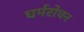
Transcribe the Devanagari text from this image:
धर्मरोचन